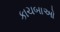
કાચબાઓ